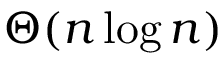
\Theta ( n \log n )